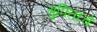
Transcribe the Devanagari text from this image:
गुपितांचे